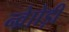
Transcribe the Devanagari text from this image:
न्व्रेाोड़ी